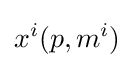
x^{i}(p,m^{i})